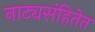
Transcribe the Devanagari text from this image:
नाट्यसंहितेत